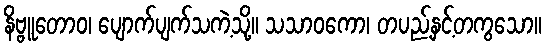
နိဗ္ဗူတောဝ၊ ပျောက်ပျက်သကဲ့သို့။ သသာဝကော၊ တပည့်နှင့်တကွသော။